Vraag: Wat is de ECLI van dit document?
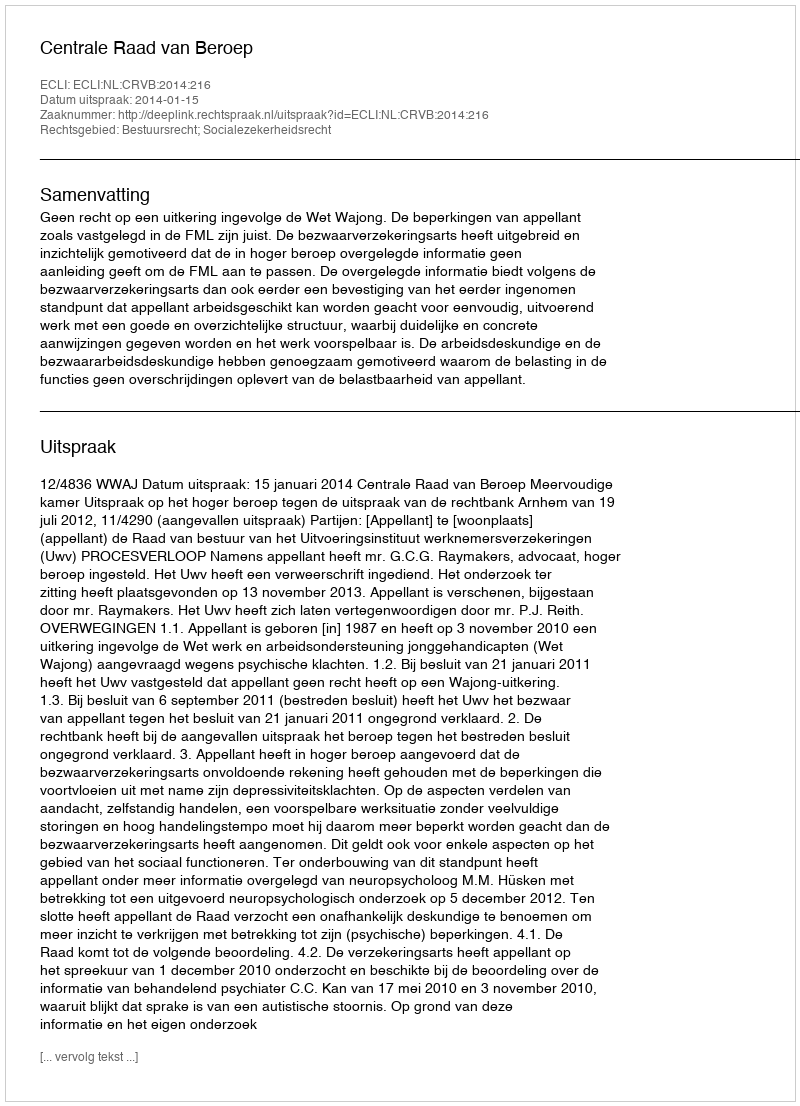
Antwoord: ECLI:NL:CRVB:2014:216